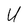
Character: U